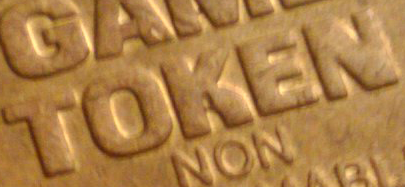
TOKEN